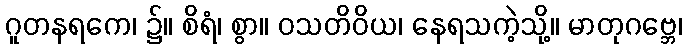
ဂူတနရကေ၊ ၌။ စိရံ၊ စွာ။ ဝသတိဝိယ၊ နေရသကဲ့သို့။ မာတုဂဗ္ဘေ၊